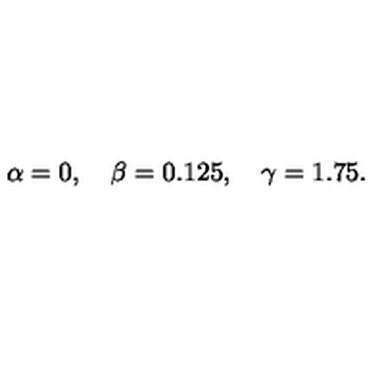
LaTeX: \alpha = 0 , \quad \beta = 0 . 1 2 5 , \quad \gamma = 1 . 7 5 .